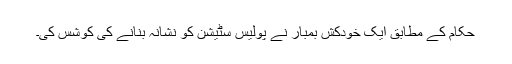
حکام کے مطابق ایک خودکش بمبار نے پولیس سٹیشن کو نشانہ بنانے کی کوشس کی۔